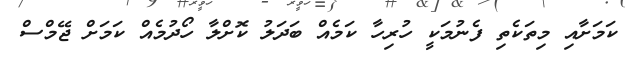
ކަމަށާއި މިތަކެތި ފެނުމަކީ ހުރިހާ ކަމެއް ބަދަލު ކޮށްލާ ހޯދުމެއް ކަމަށް ޖޭމްސް